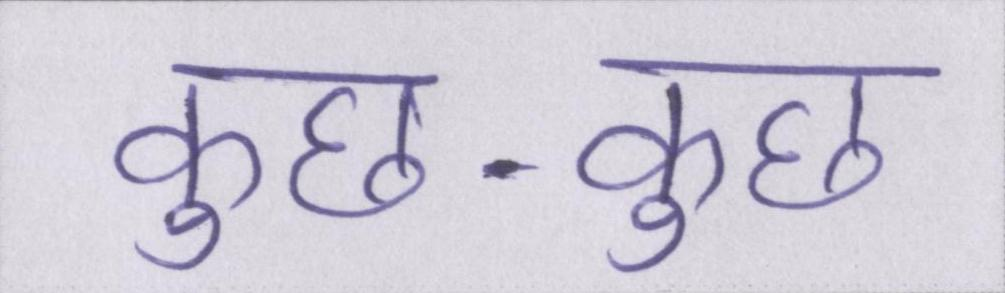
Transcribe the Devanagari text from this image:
कुछ-कुछ